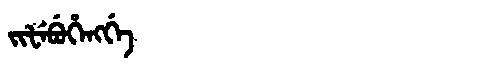
Manchu: ᠵᡳᡶᡝᠪᡠᡥᡝᠩᡤᡝ
Romanization: JIFEBUHENGGE